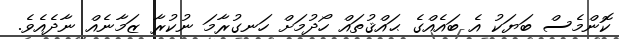
ކޮންމެސް ބަޔަކު އެ ބައެއްގެ ޙައްޤުތައް ހޯދުމަށް ހަނގުރާމަ ނުކުރާ ޒަމާނެއް ނާދެއެވެ.